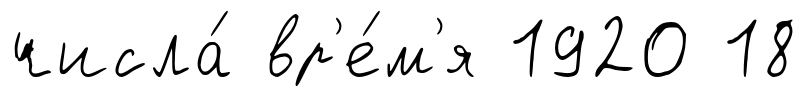
числа́ вр'е́м'я 1920 18